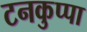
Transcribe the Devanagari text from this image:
टनकुप्पा